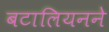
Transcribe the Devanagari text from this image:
बटालियनने